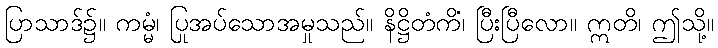
ပြာသာဒ်၌။ ကမ္မံ၊ ပြုအပ်သောအမှုသည်။ နိဋ္ဌိတံကိံ၊ ပြီးပြီလော။ ဣတိ၊ ဤသို့။